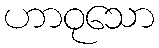
ဟာဝုသော